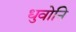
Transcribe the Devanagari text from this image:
धुवोनि